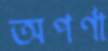
অপর্ণা